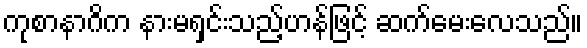
ကုစာနာဂိက နားမရှင်းသည့်ဟန်ဖြင့် ဆက်မေးလေသည်။